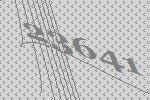
23641